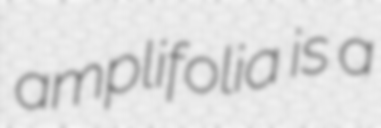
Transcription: amplifolia is a